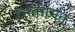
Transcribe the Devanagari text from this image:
रमतगमत